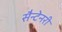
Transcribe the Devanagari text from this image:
सैन्टेनरी